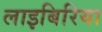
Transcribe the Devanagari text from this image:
लाइबिरिया